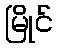
မြိုင်